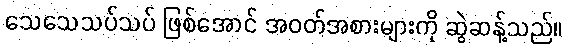
သေသေသပ်သပ် ဖြစ်အောင် အဝတ်အစားများကို ဆွဲဆန့်သည်။